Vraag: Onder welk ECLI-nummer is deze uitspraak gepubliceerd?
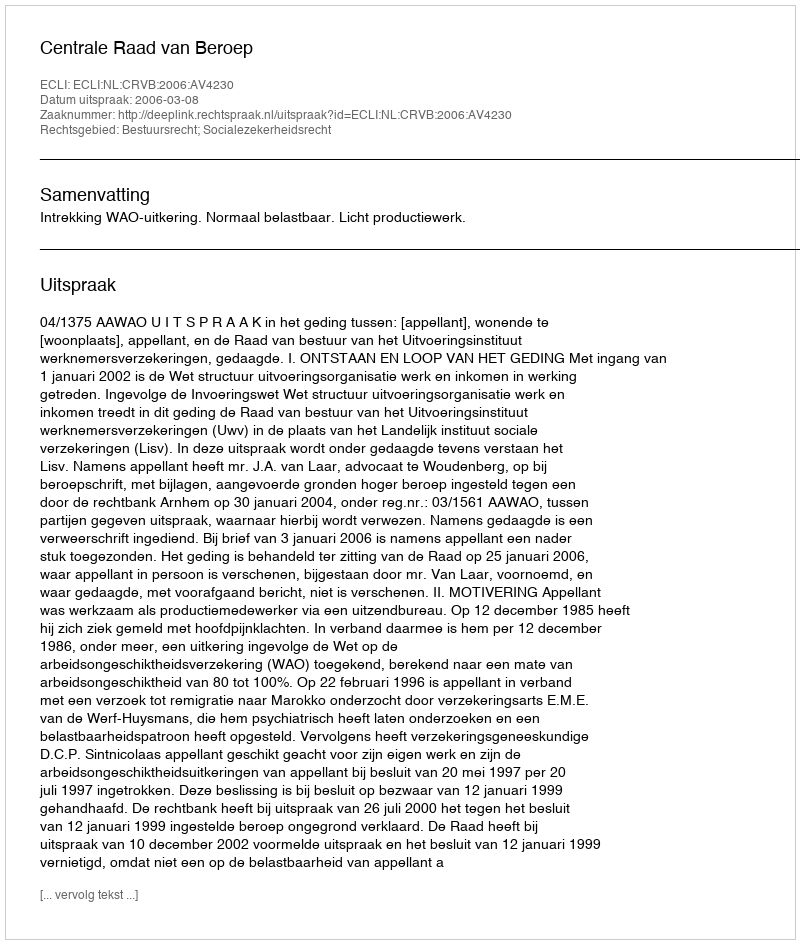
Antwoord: ECLI:NL:CRVB:2006:AV4230